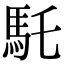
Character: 馲